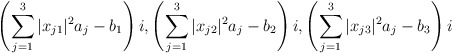
\begin{align*}\left(\displaystyle\sum_{j=1}^3 |x_{j1}|^2a_j-b_1\right)i,\left(\displaystyle\sum_{j=1}^3 |x_{j2}|^2a_j-b_2\right)i,\left(\displaystyle\sum_{j=1}^3 |x_{j3}|^2a_j-b_3\right)i\end{align*}